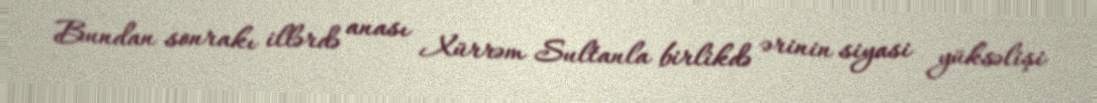
Bundan sonrakı illərdə anası Xürrəm Sultanla birlikdə ərinin siyasi yüksəlişi